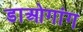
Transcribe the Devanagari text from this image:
डाओगांग